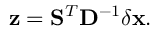
\mathbf { z } = \mathbf { S } ^ { T } \mathbf { D } ^ { - 1 } \delta \mathbf { x } .